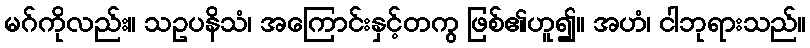
မဂ်ကိုလည်း။ သဥပနိသံ၊ အကြောင်းနှင့်တကွ ဖြစ်၏ဟူ၍။ အဟံ၊ ငါဘုရားသည်။